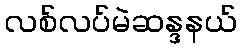
လစ်လပ်မဲဆန္ဒနယ်